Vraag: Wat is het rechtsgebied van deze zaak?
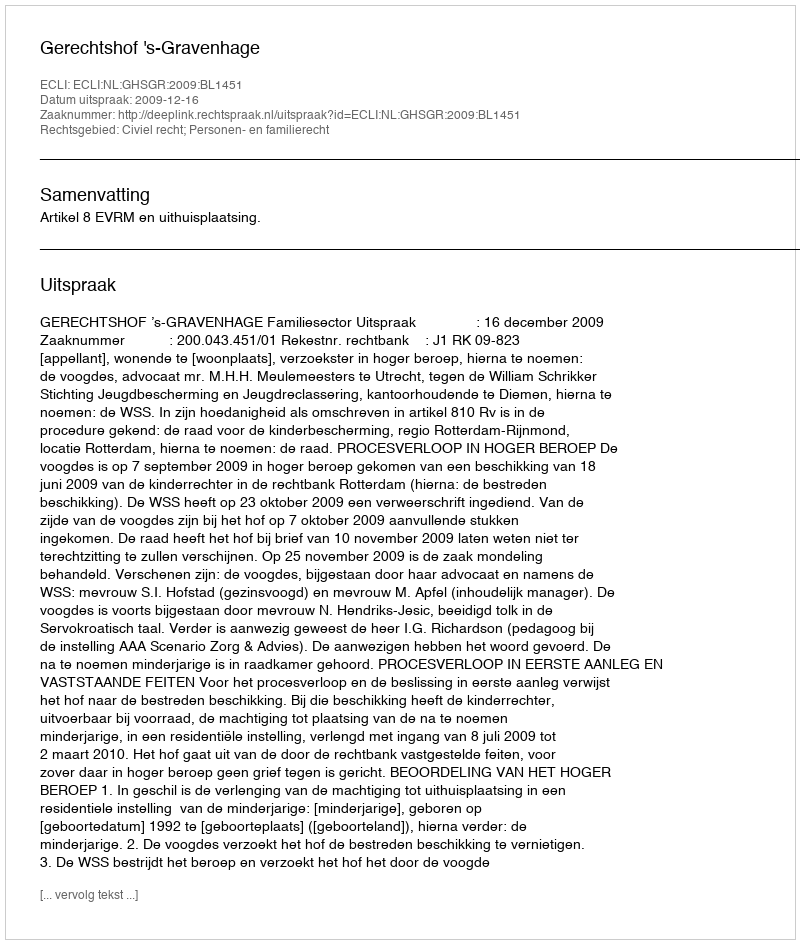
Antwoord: Civiel recht; Personen- en familierecht